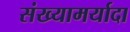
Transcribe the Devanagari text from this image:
संख्यामर्यादा